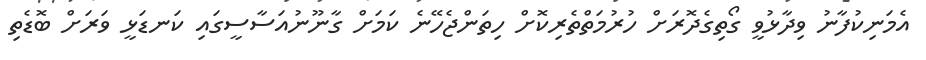
އެމަނިކުފާނު ވިދާޅުވީ ގޯތިގެދޮރަށް ހުރުމަތްތެރިކޮށް ހިތަންޖެހޭނެ ކަމަށް ގާނޫނުއަސާސީގައި ކަނޑަޅީ ވަރަށް ބޮޑެތި